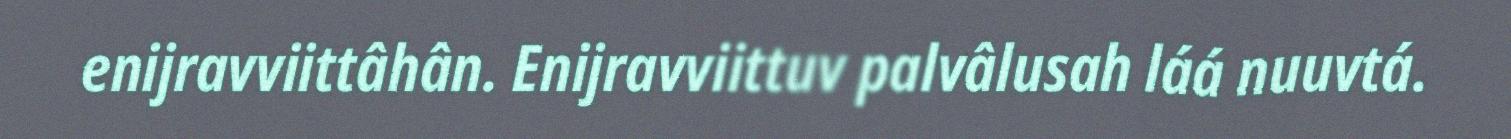
enijravviittâhân. Enijravviittuv palvâlusah láá nuuvtá.